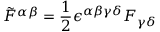
\tilde { F } ^ { \alpha \beta } = \frac { 1 } { 2 } \epsilon ^ { \alpha \beta \gamma \delta } F _ { \gamma \delta }